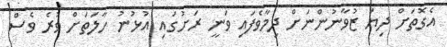
އެގޮތަށް ދިޔަ ޒުވާނުންނަށް ދިމާވެފައި ވަނީ ރަށުގައި އުޅުނު ހާލަތަށް ވުރެ ވެސް